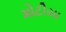
મોટીયા